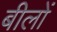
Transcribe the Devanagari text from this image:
बीलों